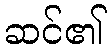
ဆင်၏